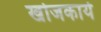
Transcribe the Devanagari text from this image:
खोजकार्य